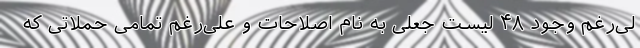
لی‌رغم وجود ۴۸ لیست جعلی به نام اصلاحات و علی‌رغم تمامی حملاتی که